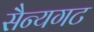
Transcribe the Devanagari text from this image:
सैन्यगट